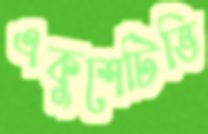
একুশেটিভি